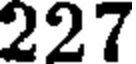
227